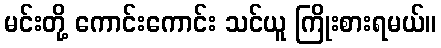
မင်းတို့ ကောင်းကောင်း သင်ယူ ကြိုးစားရမယ်။